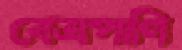
বেত্রপাণি